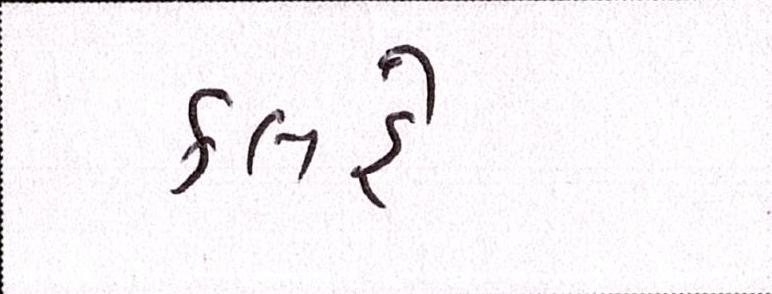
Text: કલહે